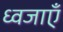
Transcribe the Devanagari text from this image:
ध्वजाएँ